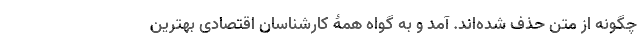
چگونه از متن حذف شده‌اند. آمد و به گواه همۀ کارشناسان اقتصادی بهترین